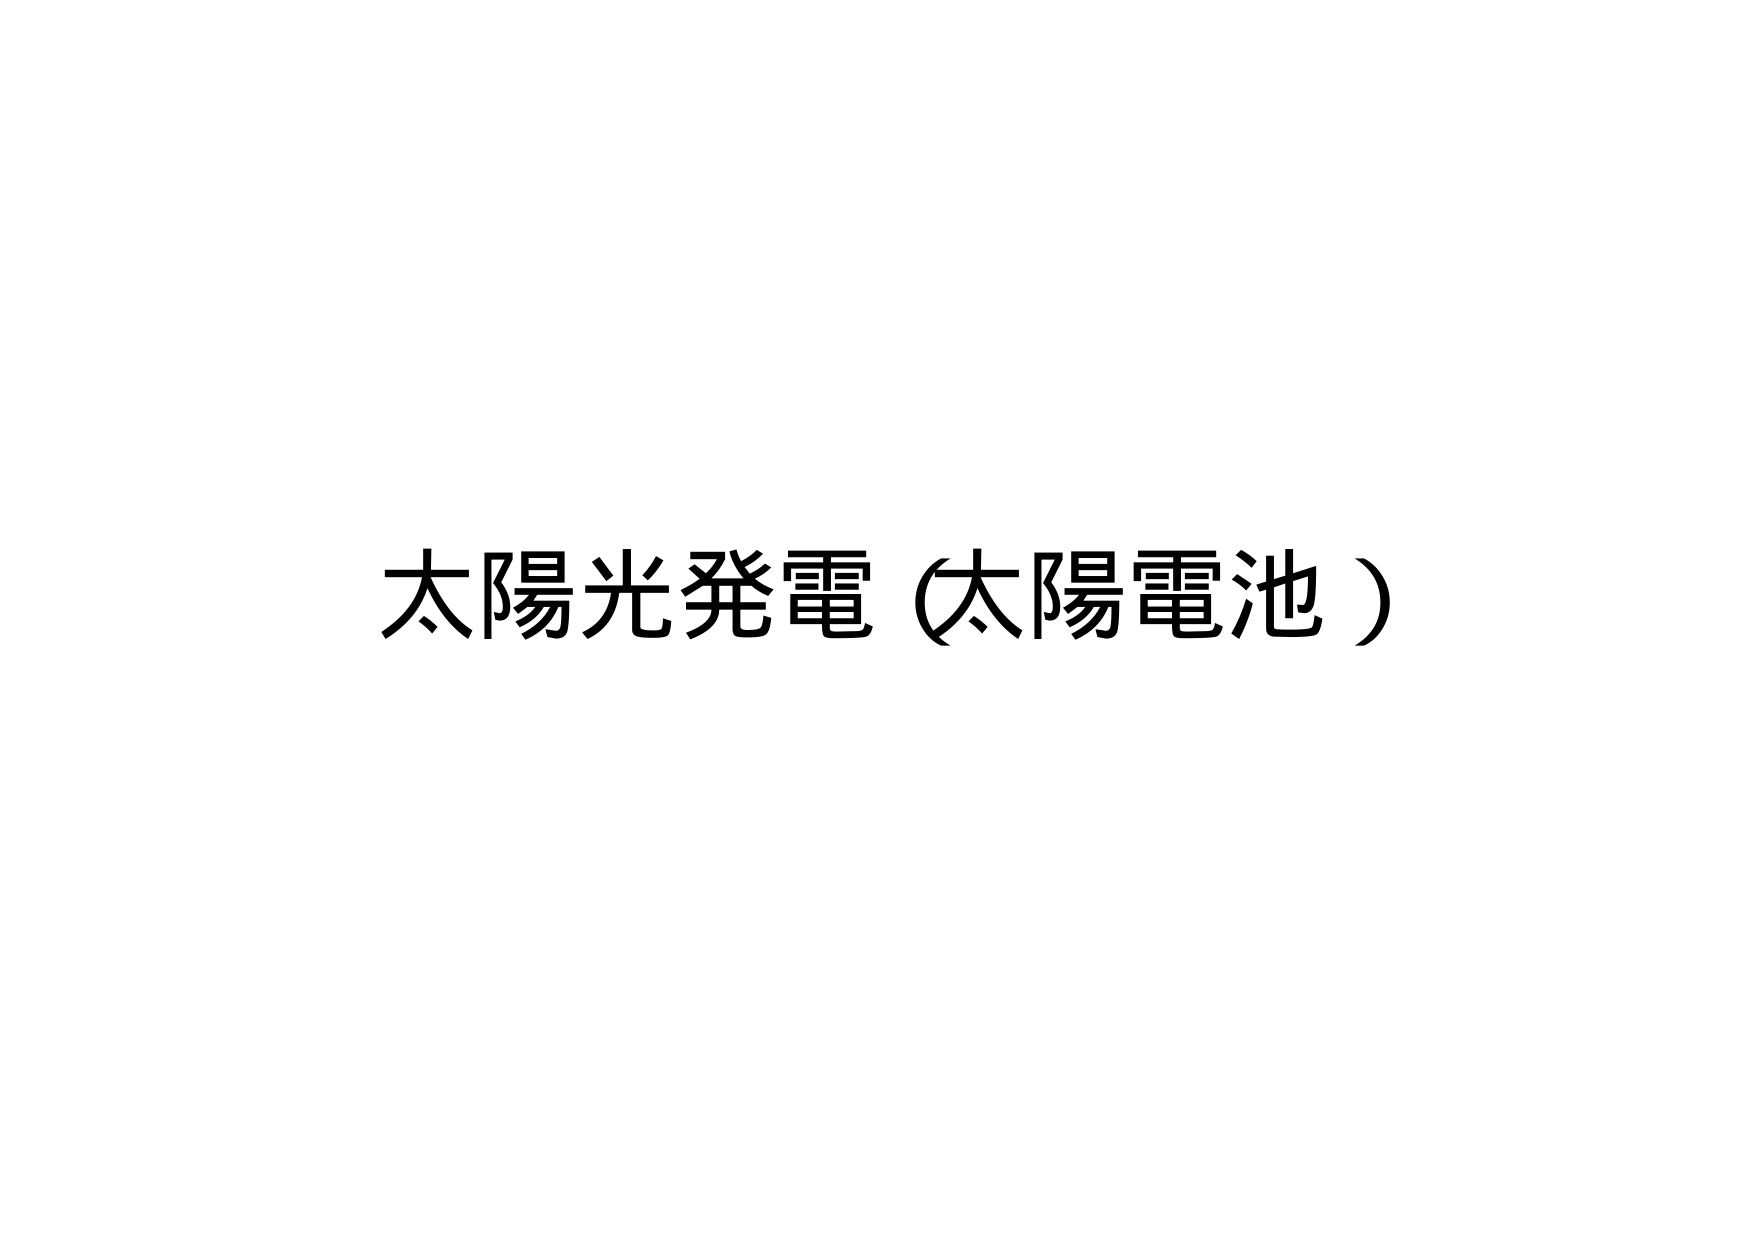
太陽光発電（太陽電池）